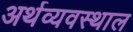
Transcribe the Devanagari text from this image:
अर्थव्यवस्थाल